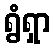
ရွံရှာ